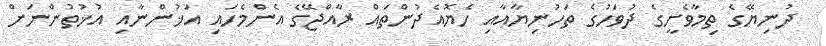
ދުނިޔޭގެ ތިމާވެށީގެ ދުވަހުގެ ތަހުނިޔާއާއި ހެޔޮއެދުންތައް ރާއްޖޭގެ އެންމެހައި އަޚުންނާއި އުޚުތުންނަށް